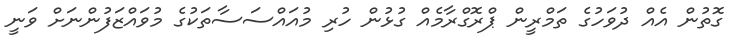
ގޮތުން އެއް ދުވަހުގެ ތަމްރީން ޕްރޮގްރާމެއް ގުޅުން ހުރި މުއައްސަސާތަކުގެ މުވައްޒަފުންނަށް ވަނީ